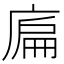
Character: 𢉞